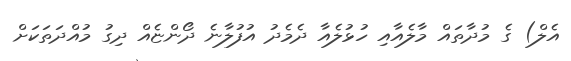
އެލް) ގެ މުދާތައް މާލެއާއި ހުޅުލެއާ ދެމެދު އުފުލާނެ ދޯންޏެއް ދިގު މުއްދަތަކަށް